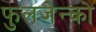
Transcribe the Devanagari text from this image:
फुलजेन्को